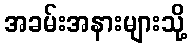
အခမ်းအနားများသို့